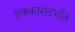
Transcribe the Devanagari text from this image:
हक्कांसंदर्भात